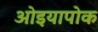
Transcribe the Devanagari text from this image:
ओइयापोक